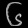
Digit: ၆